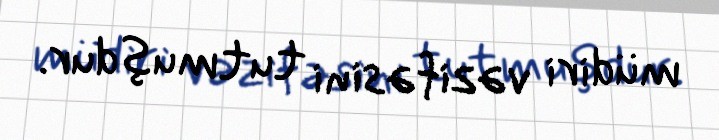
müdiri vəzifəsini tutmuşdur.